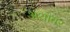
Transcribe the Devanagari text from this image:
अथावर